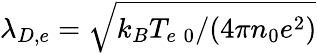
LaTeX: \lambda_{D,e}=\sqrt{k_{B}T_{e\; 0}/(4\pi n_{0}e^{2})}